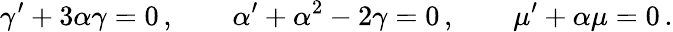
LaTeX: \gamma^{\prime}+3\alpha\gamma=0\, ,\qquad\alpha^{\prime}+\alpha^{2}-2\gamma=0\, ,\qquad\mu^{\prime}+\alpha\mu=0\, .